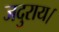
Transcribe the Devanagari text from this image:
जदुराय।